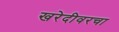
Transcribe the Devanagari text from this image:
खरेदीवरचा